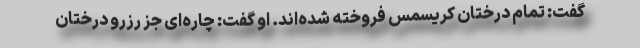
گفت: تمام درختان کریسمس فروخته شده‌اند. او گفت: چاره‌ای جز رزرو درختان